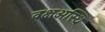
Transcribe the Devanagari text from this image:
वक्षअस्थि